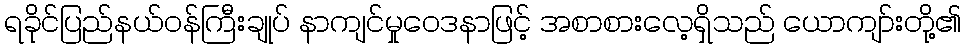
ရခိုင်ပြည်နယ်ဝန်ကြီးချုပ် နာကျင်မှုဝေဒနာဖြင့် အစာစားလေ့ရှိသည် ယောကျာ်းတို့၏